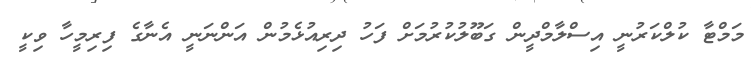
މަމްޓާ ކުލްކަރުނީ އިސްލާމްދީން ގަބޫލުކުރުމަށް ފަހު ދިރިއުޅެމުން އަންނަނީ އެނާގެ ފިރިމީހާ ވިކީ